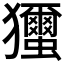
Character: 𤣝